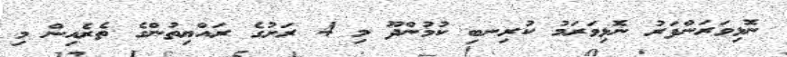
ނޮޅިވަރަންފަރު ނޮޅިވަރަމު ކުރިނބި ކުމުންދޫ މި 4 ރަށުގެ ރައްޔިތުންގެ ތެރެއިން މި